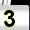
Digit: 3